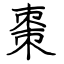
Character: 棗